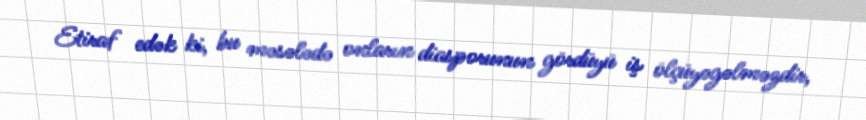
Etiraf edək ki, bu məsələdə onların diasporunun gördüyü iş ölçüyəgəlməzdir,